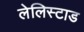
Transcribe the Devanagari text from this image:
लेलिस्टाड